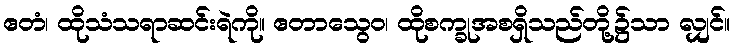
ဧတံ၊ ထိုသံသရာဆင်းရဲကို။ ဧတာသွေဝ၊ ထိုစက္ခုအစရှိသည်တို့၌သာ လျှင်။